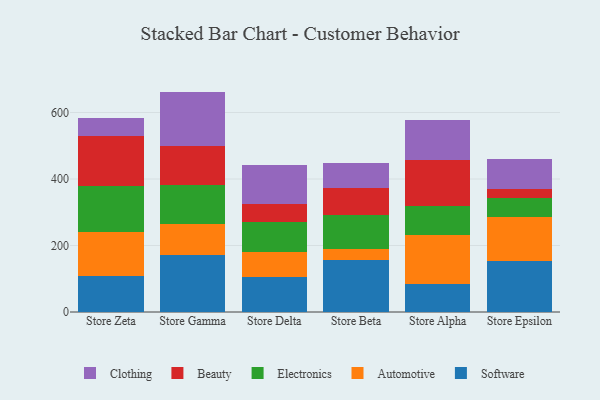
{"axis": {"x": "Store", "y": "Active Users"}, "legend": ["Automotive", "Beauty", "Clothing", "Electronics", "Software"], "data": [{"x": "Store Zeta", "y": 109.2, "type": "Software"}, {"x": "Store Zeta", "y": 131.4, "type": "Automotive"}, {"x": "Store Zeta", "y": 139.3, "type": "Electronics"}, {"x": "Store Zeta", "y": 149.0, "type": "Beauty"}, {"x": "Store Zeta", "y": 55.3, "type": "Clothing"}, {"x": "Store Gamma", "y": 172.3, "type": "Software"}, {"x": "Store Gamma", "y": 92.4, "type": "Automotive"}, {"x": "Store Gamma", "y": 118.6, "type": "Electronics"}, {"x": "Store Gamma", "y": 115.9, "type": "Beauty"}, {"x": "Store Gamma", "y": 163.7, "type": "Clothing"}, {"x": "Store Delta", "y": 104.6, "type": "Software"}, {"x": "Store Delta", "y": 75.0, "type": "Automotive"}, {"x": "Store Delta", "y": 92.4, "type": "Electronics"}, {"x": "Store Delta", "y": 54.0, "type": "Beauty"}, {"x": "Store Delta", "y": 114.8, "type": "Clothing"}, {"x": "Store Beta", "y": 157.4, "type": "Software"}, {"x": "Store Beta", "y": 32.2, "type": "Automotive"}, {"x": "Store Beta", "y": 101.6, "type": "Electronics"}, {"x": "Store Beta", "y": 80.5, "type": "Beauty"}, {"x": "Store Beta", "y": 75.5, "type": "Clothing"}, {"x": "Store Alpha", "y": 84.0, "type": "Software"}, {"x": "Store Alpha", "y": 147.9, "type": "Automotive"}, {"x": "Store Alpha", "y": 86.5, "type": "Electronics"}, {"x": "Store Alpha", "y": 140.1, "type": "Beauty"}, {"x": "Store Alpha", "y": 119.0, "type": "Clothing"}, {"x": "Store Epsilon", "y": 154.9, "type": "Software"}, {"x": "Store Epsilon", "y": 132.1, "type": "Automotive"}, {"x": "Store Epsilon", "y": 56.2, "type": "Electronics"}, {"x": "Store Epsilon", "y": 27.7, "type": "Beauty"}, {"x": "Store Epsilon", "y": 90.6, "type": "Clothing"}]}